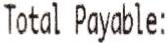
TOTAL PAYABLE: